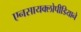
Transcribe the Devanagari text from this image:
एनसायक्लोपीडियाने